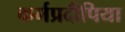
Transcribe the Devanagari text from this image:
कर्मप्रदीपिया